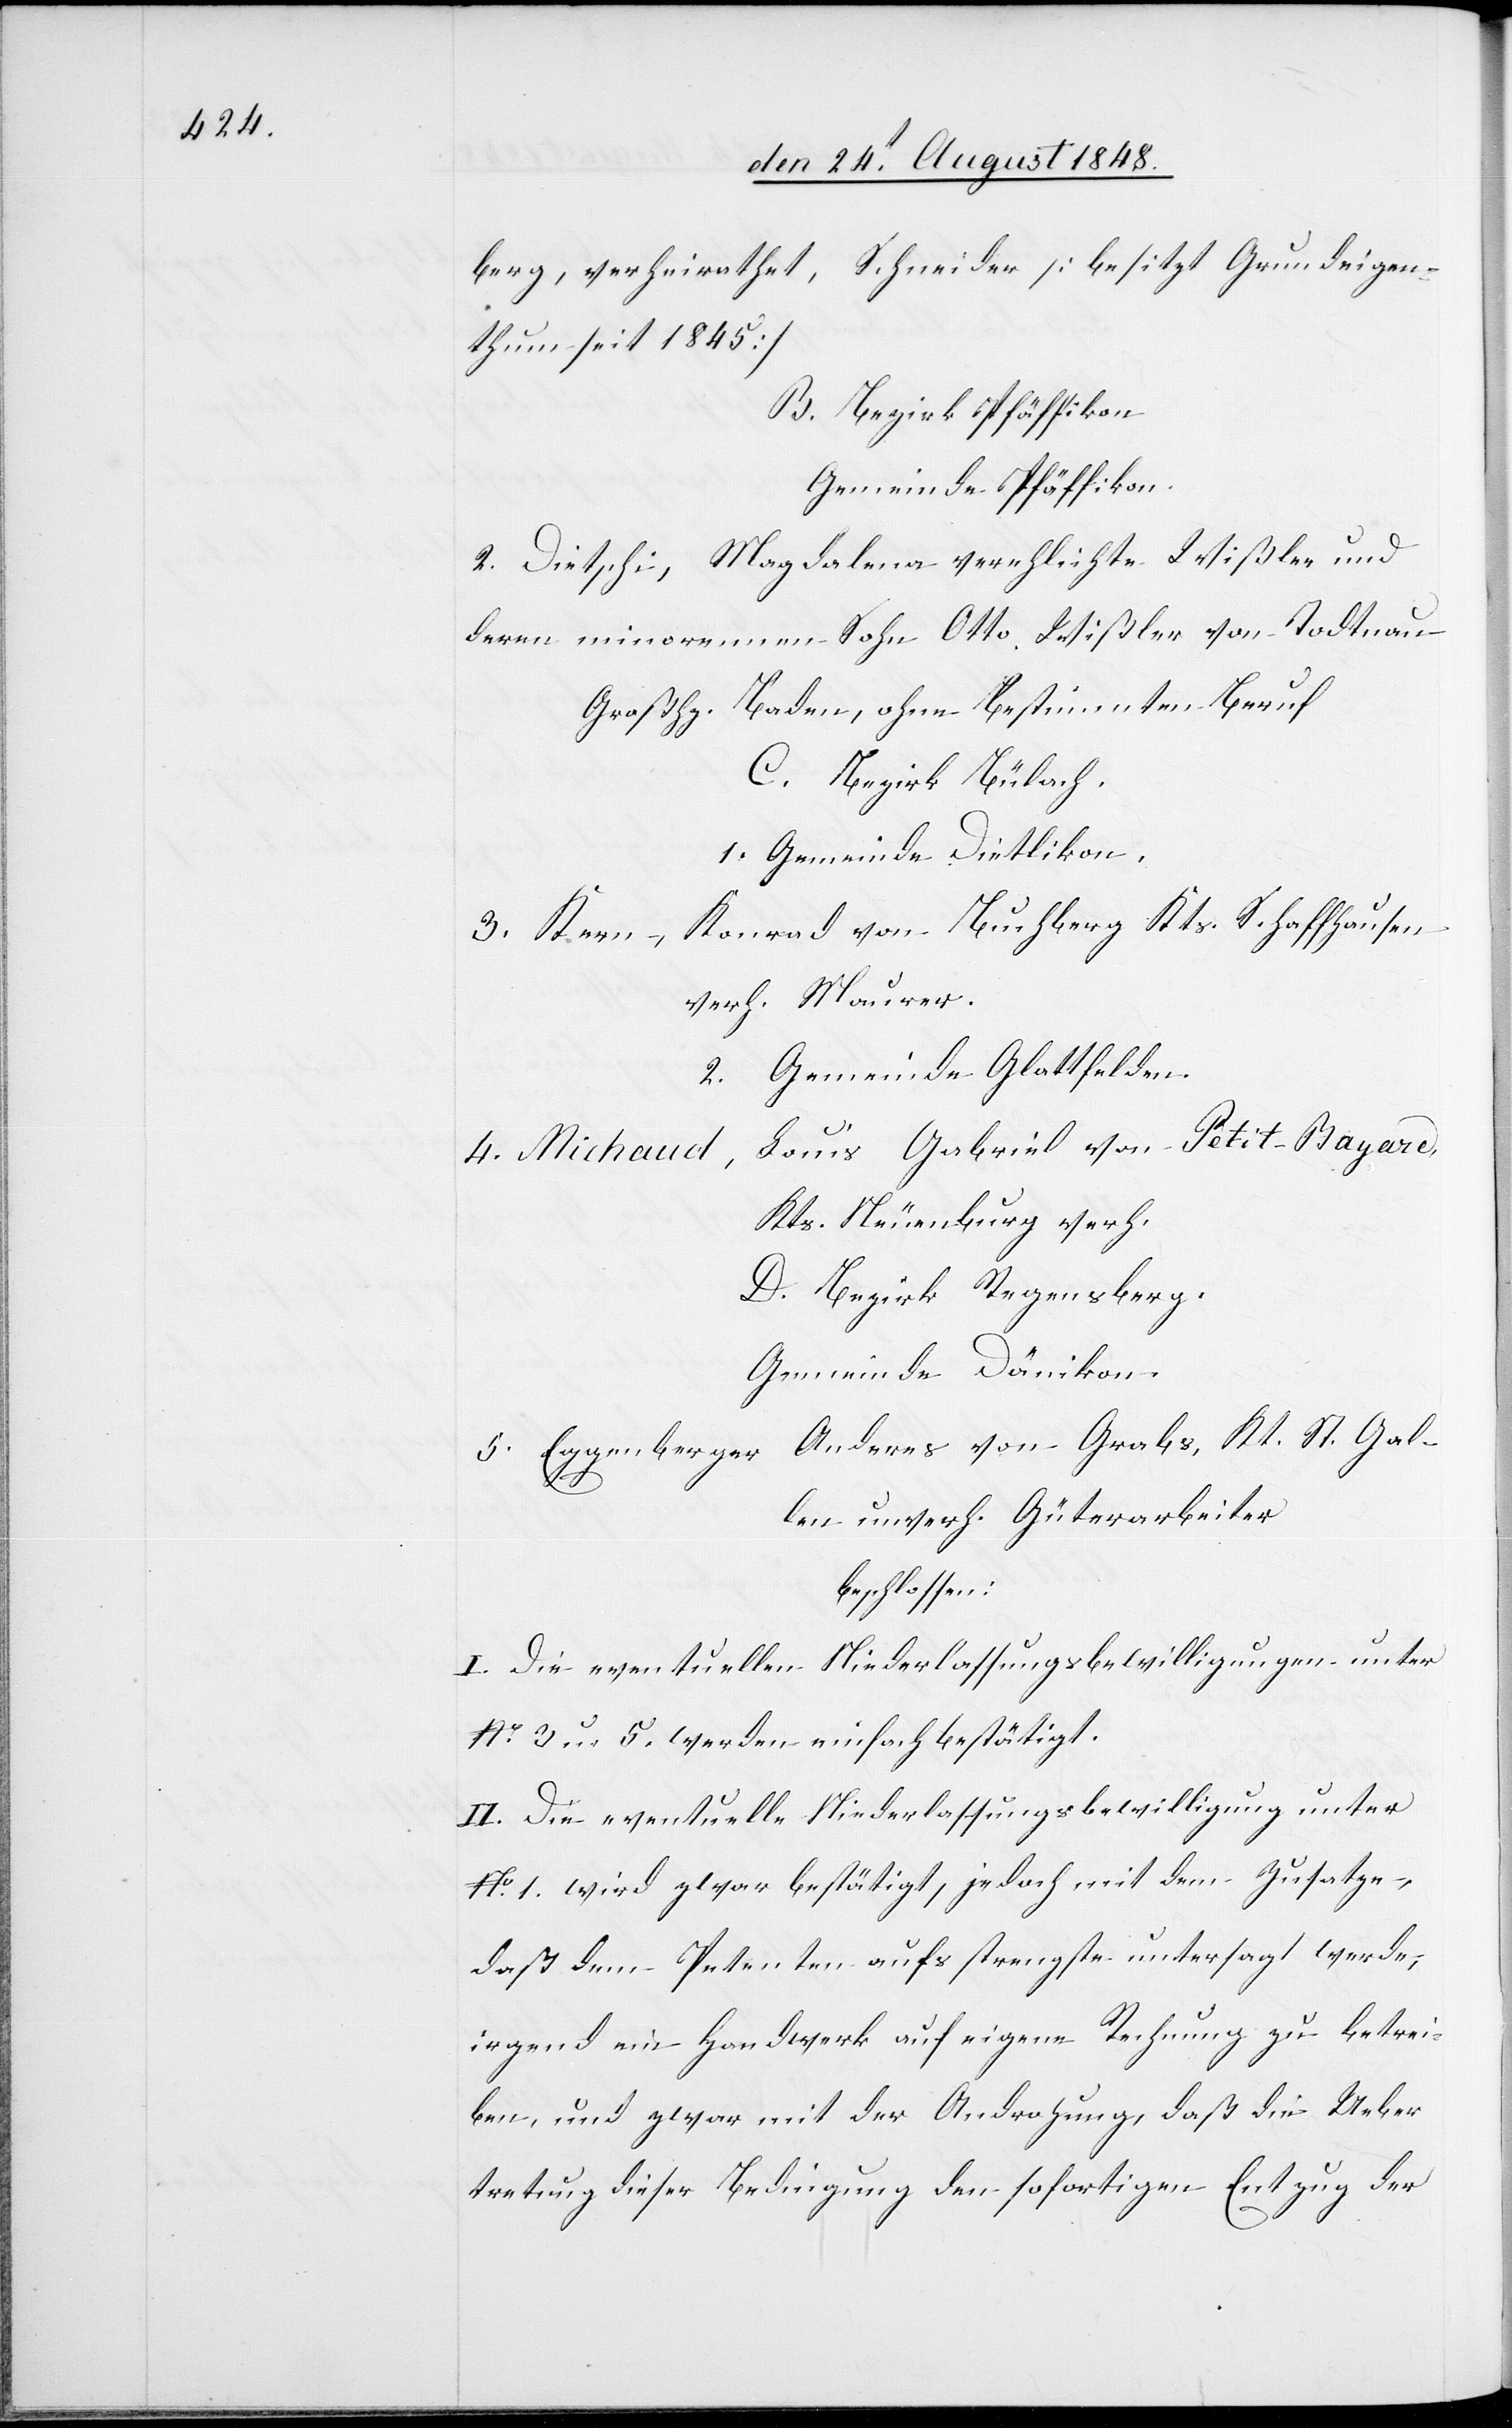
berg, verheirathet, Schneider [besitzt Grundeigen¬
thum seit 1845]
B. Bezirk Pfäffikon.
Gemeinde Pfäffikon.
2. Dietschi, Magdalena verehlichte Wißler und
deren minorennen Sohn Otto Wißler von Todtnau
Großhz. Baden, ohne Bestimmten Beruf.
C. Bezirk Bülach.
1. Gemeinde Dietlikon.
Konrad von Buchberg Kts. Schaffhausen
3. Kern,
verh. Maurer.
2. Gemeinde Glattfelden.
Louis Gabriel von Petit-Bayare,
4. Michaud,
Kts. Neuenburg verh.
D. Bezirk Regensberg.
Gemeinde Dänikon.
5. Eggenberger Anderes von Grabs, Kt. St. Gal¬
len unverh. Güterarbeiter
beschlossen:
I. Die eventuellen Niederlassungsbewilligungen unter
No3 u. 5. werden einfach bestätigt.
II. Die eventuelle Niederlassungsbewilligung unter
No 1. wird zwar bestätigt, jedoch mit dem Zusatze,
daß dem Petenten auf strengste untersagt werde,
irgend ein Handwerk auf eigene Rechnung zu betrei¬
ben, und zwar mit der Androhung, daß die Ueber¬
tretung dieser Bedingung den sofortigen Entzug der